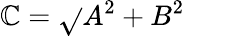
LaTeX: \mathbb{C}={\sqrt{}{{A^{2}+B^{2}}}}\quad\quad{}